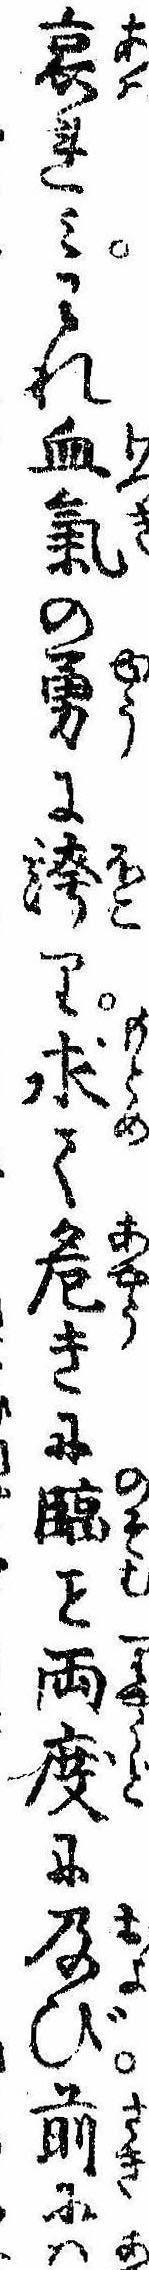
哀れみわれ血気の勇に誇り求て危きに臨両度に及び前には